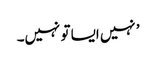
’ نہیں ایسا تو نہیں۔